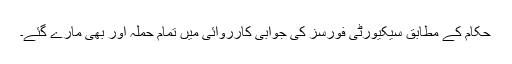
حکام کے مطابق سیکیورٹی فورسز کی جوابی کارروائی میں تمام حملہ آور بھی مارے گئے۔